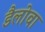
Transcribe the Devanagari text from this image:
डैलोवा